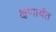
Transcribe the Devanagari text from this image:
क्षणार्यंत